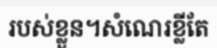
របស់ខ្លួន។សំណេរខ្លីតែ